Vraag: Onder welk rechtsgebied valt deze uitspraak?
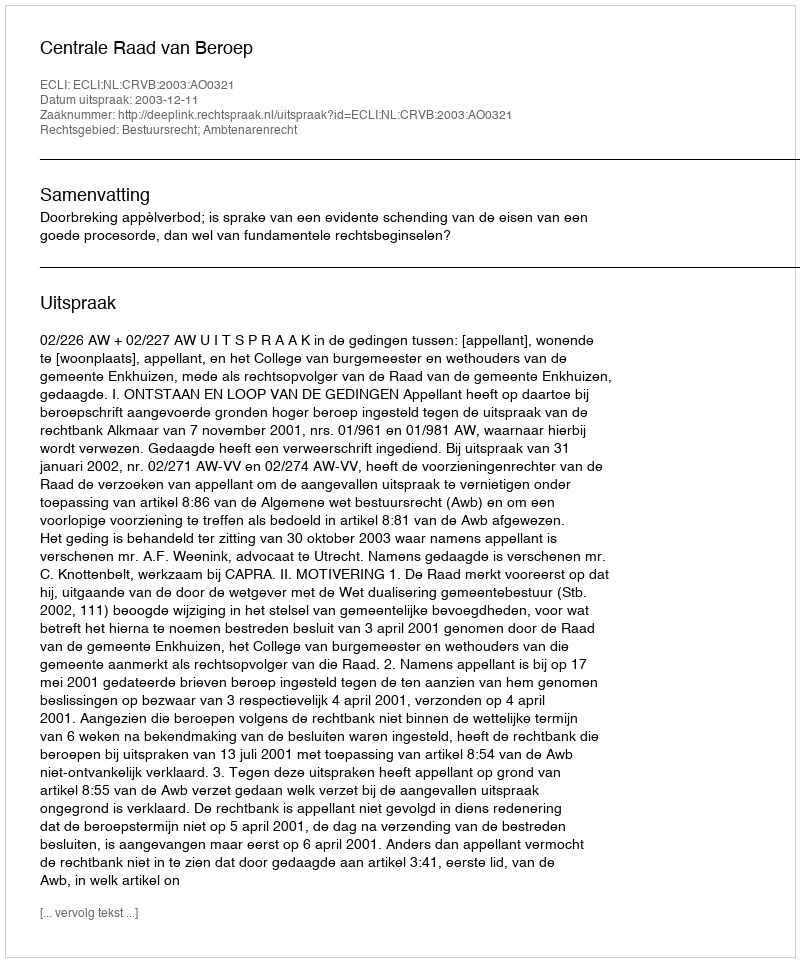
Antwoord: Bestuursrecht; Ambtenarenrecht